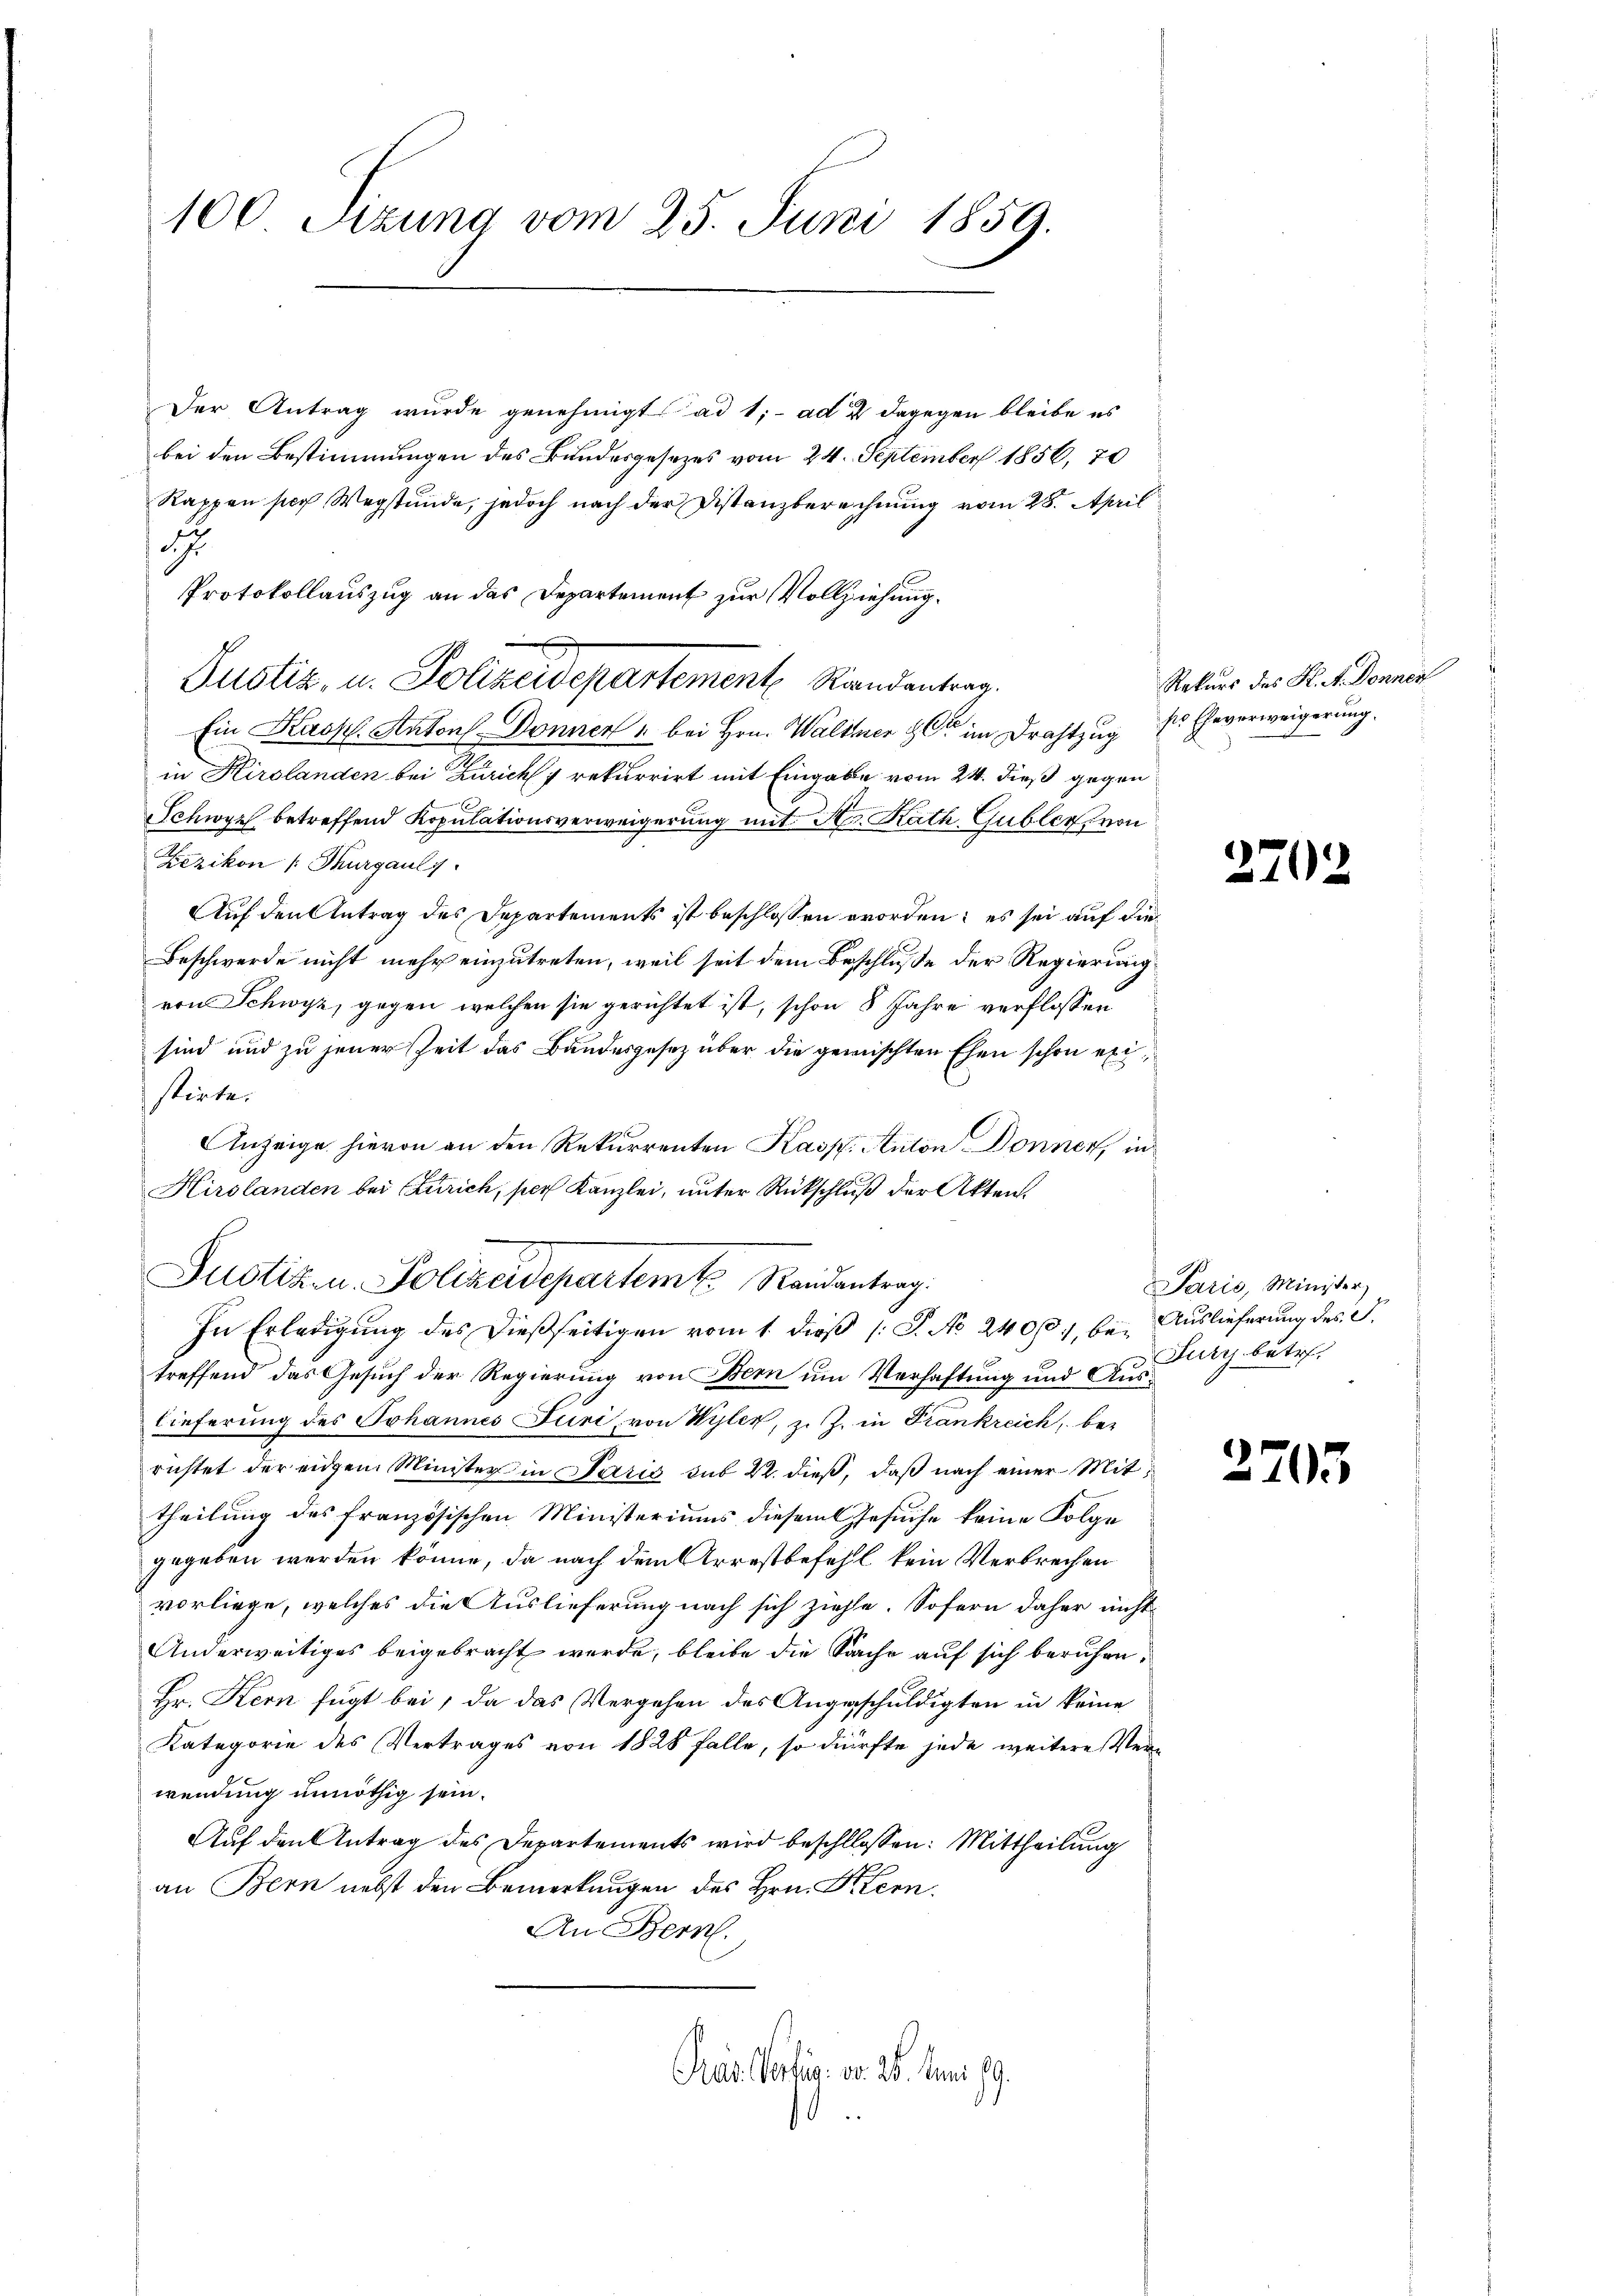
100 Sizung vom 25. Juni 1859.

Der Antrag wurde genehmigt ad 1, ad 2 dagegen bleibe es
bei den Bestimmungen des Bundesgesezes vom 24. September 1856, 70
Rappen sich Wegstunde, jedoch nach der Distanzberechnung vom 28. April
d
Protokollauszug an das Departement zur Vollziehung.
Justiz, u. Polizeidepartement Standentrag.
Ein Kasp. Anton Donnen " bei Hrn. Walther der im Drahtzug ss Eheverweigerung.
in Hirslanden bei Zürich 7 rekurrirt mit Eingabe vom 24. dieß gegen

Schwyz betreffend Kopulationsverweigerung mit Hr. Kath. Gubler, von
Eezikon (Thurgauli.
Auf den Antrag des Departements ist beschlossen worden; es sei auf die
Beschwerde nicht mehr einzutreten, weil seit dem Beschluße der Regierung
von Schwyz, gegen welchen sie gerichtet ist, schon 8 Jahre verflossen
sind und zu jener Zeit das Bundesgesez über die gemischten Ehen schon existirte.
Anzeige hievon an den Rekurrenten Kasp. Anton Donnen, in
Hirslanden bei Zürich, per Kanzlei, unter Rückschluß der Akten.
Justiz u. Polizeidepartem Randantrag.
In Erledigung des dießseitigen vom 1. dieß (: S. No 24000., bei Auslieferung des S.
treffend das Gesuch der Regierung von Bern um Verhaftung und Auslieferung des Johannes Juri, von Wylen, z. Z. in Frankreich, be-
richtet der einem Minister in Patris sub 22. dieß, daß nach einer Mittheilung des französischen Ministeriums diesem Gesuche keine Folge
gegeben werden könne, da nach dem Arrestbefehl kein Verbrechen
vorliege, welches die Auslieferung nach sich ziehe. Sofern daher nicht
Anderweitiges beigebracht werde, bleibe die Sache auf sich beruhen.
Hr. Kern fügt bei, da das Vergehen des Angeschuldigten in keine
Kategorie des Vertrages von 1828 falle, so dürfte jede weitere Verwendung unnöthig sein.
Auf den Antrag des Departements wird beschlossen: Mittheilung
an Bern nebst den Bemerkungen des Hrn. Stern.
An Bern.

Pras Vertig. von 26. Juni 19.

Rekurs des K. A. Donnen

2.

Paris, Minister,
Jury betr.

2705